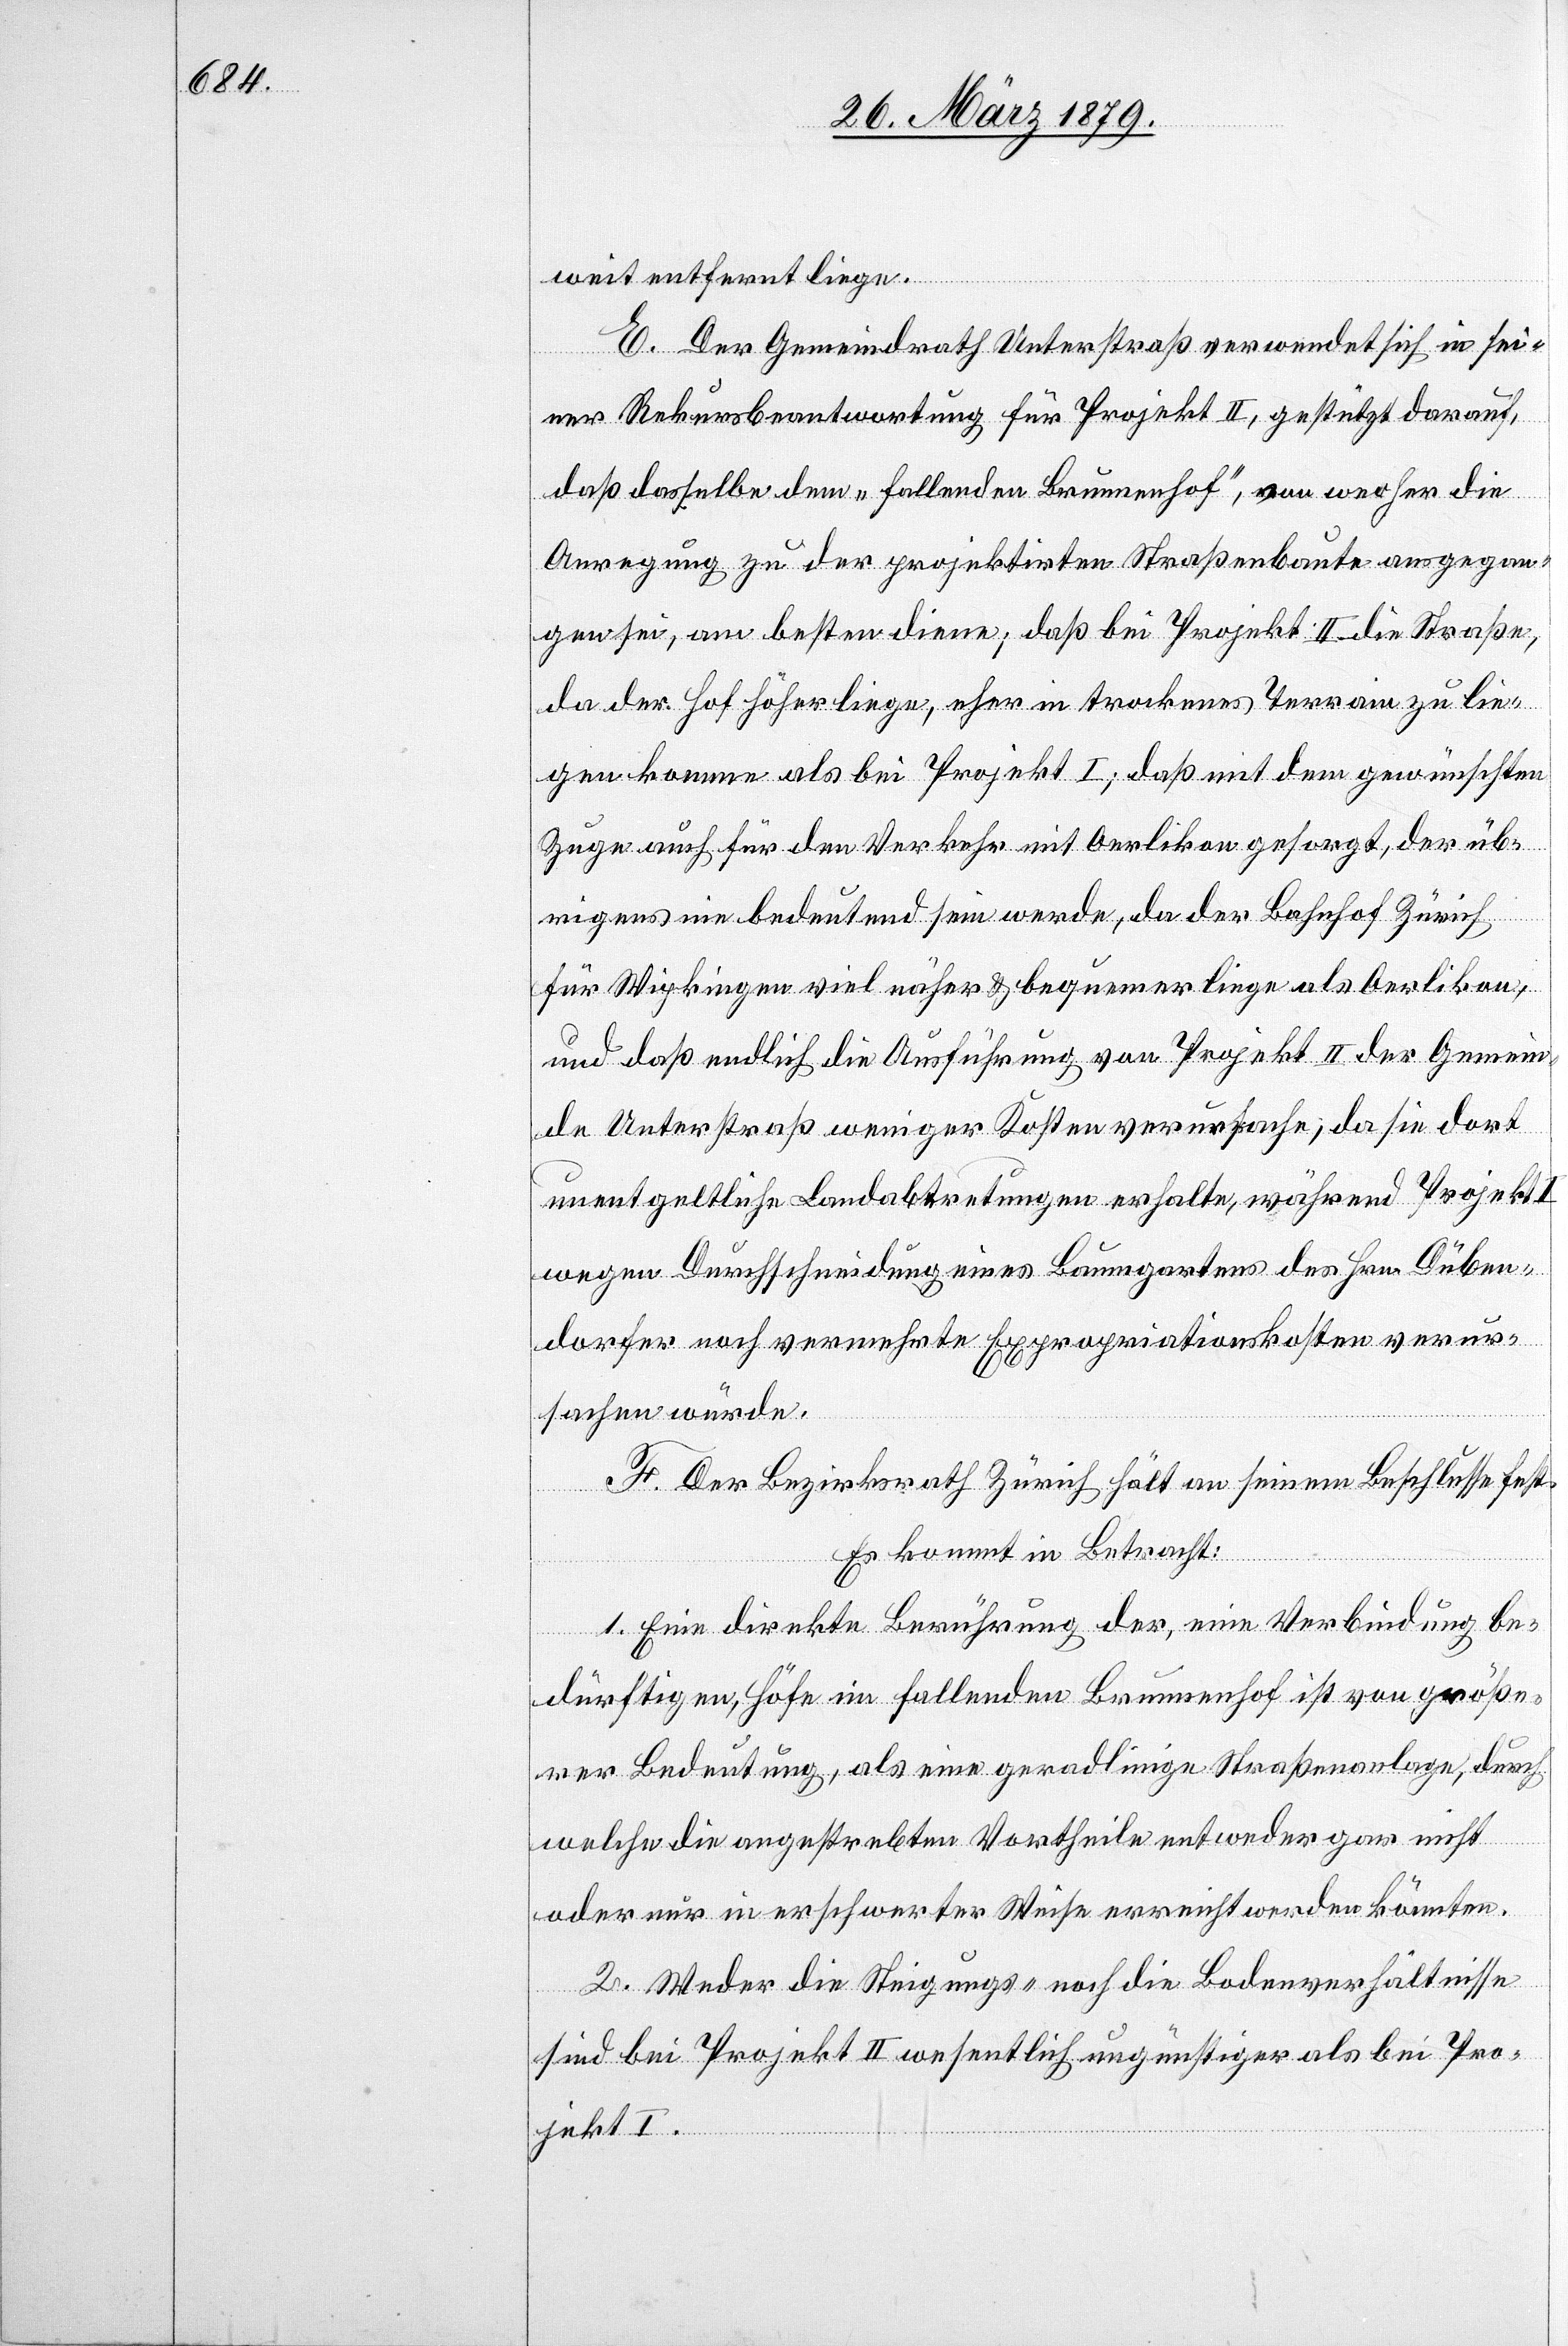
weit entfernt liege.
E. Der Gemeindrath Unterstraß verwendet sich in sei¬
ner Rekursbeantwortung für Projekt II, gestützt darauf,
daß dasselbe dem „fallenden Brunnenhof“, von woher die
Anregung zu der projektirten Straßenbaute ausgegan¬
gen sei, am besten diene; daß bei Projekt II die Straße,
da der Hof höher liege, eher in trockenes Terrain zu lie¬
gen komme als bei Projekt I; daß mit dem gewünschten
Zuge auch für den Verkehr mit Oerlikon gesorgt, der üb¬
rigens nie bedeutend sein werde, da der Bahnhof Zürich
für Wipkingen viel näher & bequemer liege als Oerlikon,
und daß endlich die Ausführung von Projekt II der Gemein¬
de Unterstraß weniger Kosten verursache, da sie dort
unentgeltliche Landabtretungen erhalte, während Projekt
wegen Durchschneidung eines Baumgartens des Hrn. Düben¬
dorfer noch vermehrte Expropriationskosten verur¬
sachen würde.
F. Der Bezirksrath Zürich hält an seinem Beschlusse fest.
Es kommt in Betracht:
1. Eine direkte Berührung der, eine Verbindung be¬
dürftigen, Höfe im fallenden Brunnenhof ist von größe¬
rer Bedeutung, als eine geradlinige Straßenanlage, durch
welche die angestrebten Vortheile entweder gar nicht
oder nur in erschwerter Weise erreicht werden könnten.
2. Weder die Steigungs- noch die Bodenverhältnisse
sind bei Projekt II wesentlich ungünstiger als bei Pro¬
jekt I.